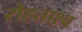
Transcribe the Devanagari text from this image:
रोहताश्व